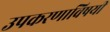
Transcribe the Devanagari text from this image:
उपकरणाविषयी